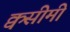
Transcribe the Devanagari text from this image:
क्वसीमी